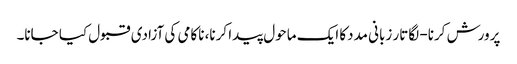
پرورش کرنا- لگاتار زبانی مددکا ایک ماحول پیدا کرنا، ناکامی کی آزادی قبول کیا جانا۔